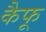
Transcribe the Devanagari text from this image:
कैफू